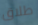
طلاق